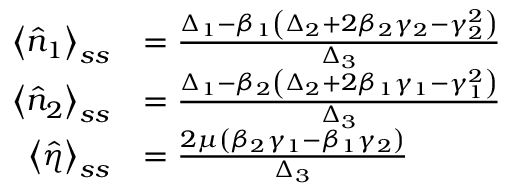
\begin{array} { r l } { \left\langle \hat { n } _ { 1 } \right\rangle _ { s s } } & { = \frac { \Delta _ { 1 } - \beta _ { 1 } \left( \Delta _ { 2 } + 2 \beta _ { 2 } \gamma _ { 2 } - \gamma _ { 2 } ^ { 2 } \right) } { \Delta _ { 3 } } } \\ { \left\langle \hat { n } _ { 2 } \right\rangle _ { s s } } & { = \frac { \Delta _ { 1 } - \beta _ { 2 } \left( \Delta _ { 2 } + 2 \beta _ { 1 } \gamma _ { 1 } - \gamma _ { 1 } ^ { 2 } \right) } { \Delta _ { 3 } } } \\ { \left\langle \hat { \eta } \right\rangle _ { s s } } & { = \frac { 2 \mu \left( \beta _ { 2 } \gamma _ { 1 } - \beta _ { 1 } \gamma _ { 2 } \right) } { \Delta _ { 3 } } } \end{array}